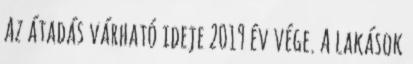
Az átadás várható ideje 2019 év vége. A lakások